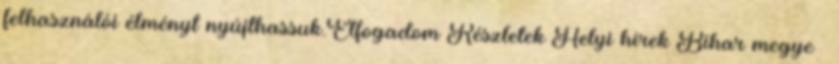
felhasználói élményt nyújthassuk.Elfogadom Részletek Helyi hírek Bihar megye –